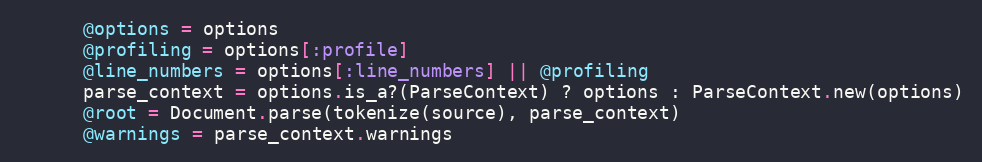
Language: Ruby
      @options = options
      @profiling = options[:profile]
      @line_numbers = options[:line_numbers] || @profiling
      parse_context = options.is_a?(ParseContext) ? options : ParseContext.new(options)
      @root = Document.parse(tokenize(source), parse_context)
      @warnings = parse_context.warnings